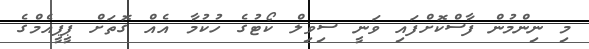
މި ނިންމުން ފާސްކޮށްފައި ވަނީ ސިވިލް ކޯޓުގެ ހުކުމާ އެއް ގޮތަށް ޕީޕީއެމްގެ